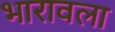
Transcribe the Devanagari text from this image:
भारावला